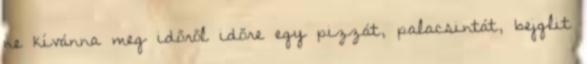
ne kívánna meg időről időre egy pizzát, palacsintát, bejglit